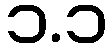
၁.၁